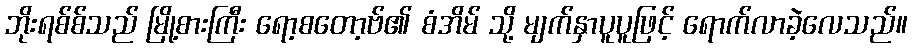
ဘိုးရစ်စ်သည် မြို့စားကြီး ရော့စတော့ဗ်၏ စံအိမ် သို့ မျက်နှာပူပူဖြင့် ရောက်လာခဲ့လေသည်။